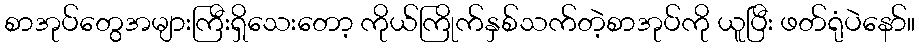
စာအုပ်တွေအများကြီးရှိသေးတော့ ကိုယ်ကြိုက်နှစ်သက်တဲ့စာအုပ်ကို ယူပြီး ဖတ်ရုံပဲနော်။